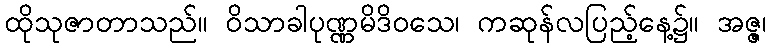
ထိုသုဇာတာသည်။ ဝိသာခါပုဏ္ဏမိဒိဝသေ၊ ကဆုန်လပြည့်နေ့၌။ အဇ္ဇ၊